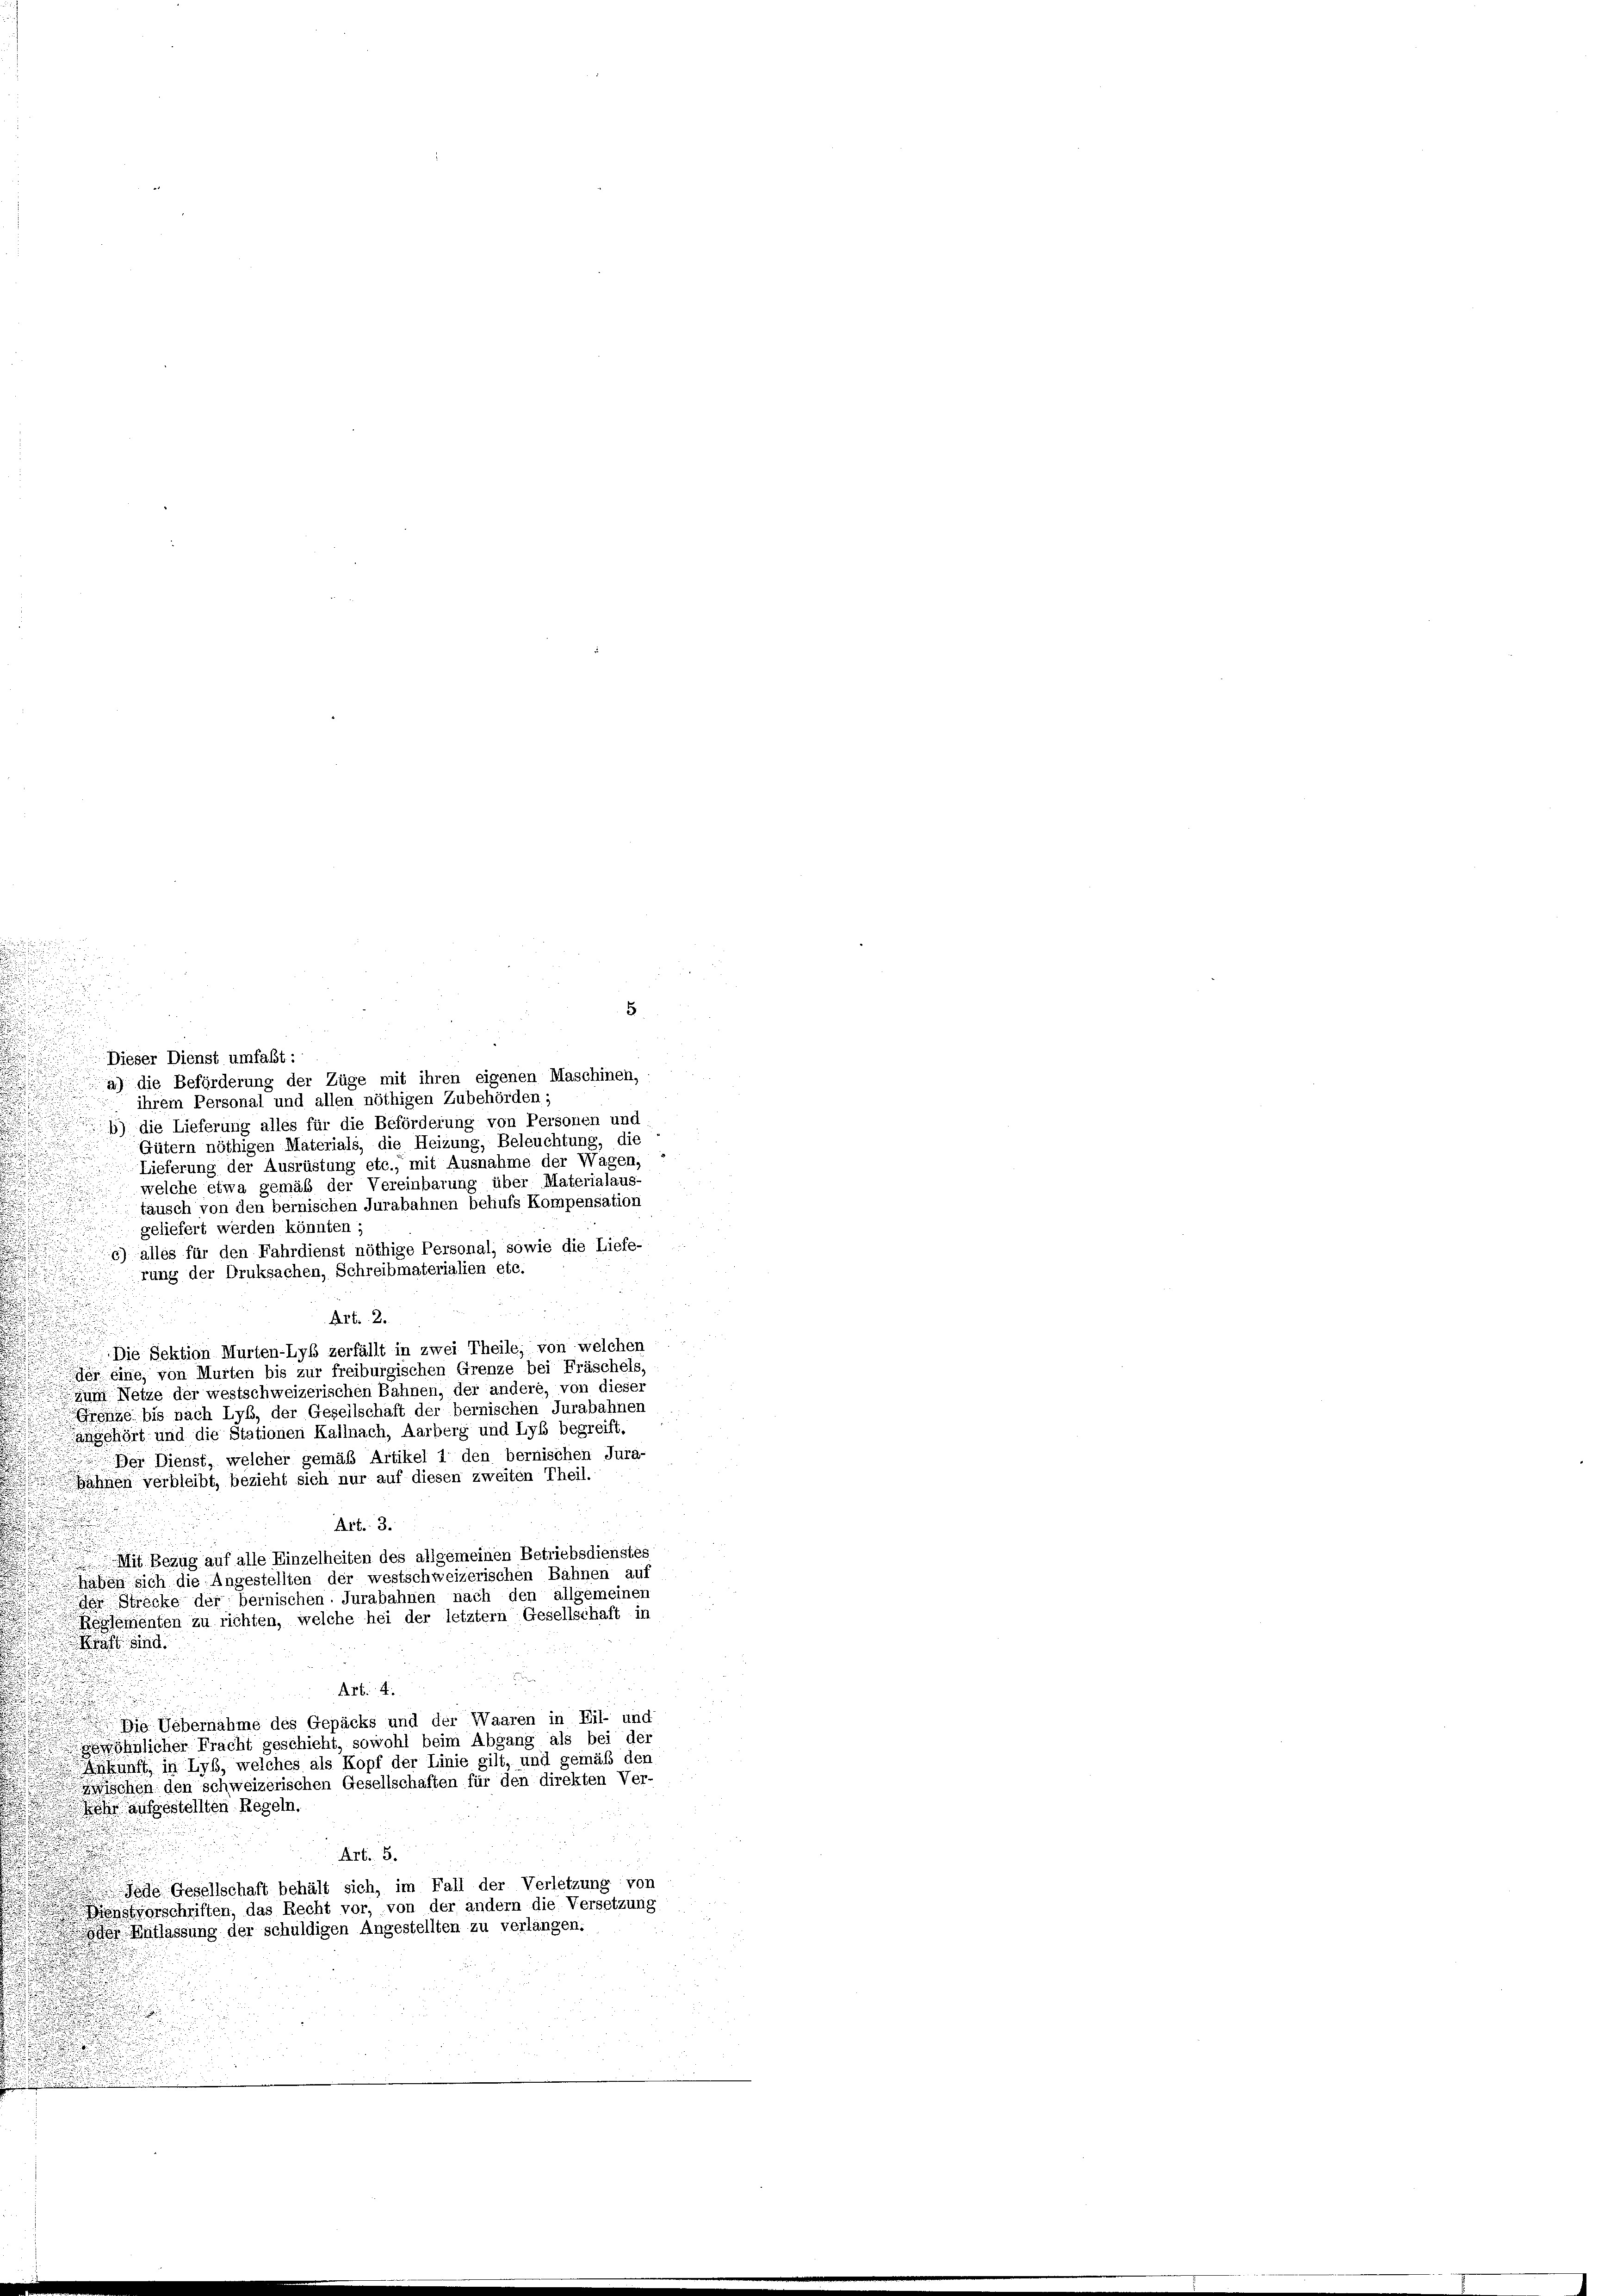
5
Dieser Dienst umfaßt:
a) die Beförderung der Züge mit ihren eigenen Maschinen,
ihrem Personal und allen nöthigen Zubehörden;
6) die Lieferung alles für die Beförderung von Personen und
Gütern nöthigen Materials, die Heizung, Beleuchtung, die
Lieferung der Ausrüstung etc., mit Ausnahme der Wagen,
welche etwa gemäß der Vereinbarung über Materialaus-
täusch von den bernischen Jurabahnen behufs Kompensation
geliefert werden könnten;
6) alles für den Fahrdienst nöthige Personal, sowie die Liefe-
rung der Druksachen, Schreibmaterialien etc.
Art. 2.
Die Sektion Murten-Lyb zerfällt in zwei Theile, von welchen
er eine, von Murten bis zur freiburgischen Grenze bei Fräschels
zum Netze der westschweizerischen Bahnen, der andere, von dieser
Grenze bis nach Lyb, der Gesellschaft der bernischen Jurabahnen
angehört und die Stationen Kallnach, Aarberg und Lyb begreift.
Der Dienst, welcher gemäß Artikel 1 den bernischen Jura-
ähnen verbleibt, bezieht sich nur auf diesen zweiten Theil.
e
.
Art. 3.

Mit Bezug auf alle Einzelheiten des allgemeinen Betriebsdienstes
haben sich die Angestellten der westschweizerischen Bahnen auf
der Strecke der bernischen. Jurabahnen nach den allgemeinen
s
Reglementen zu richten, welche hei der letztem Gesellschaft in
Kraft sind.
Art.
Vaaren in Eil- und
Die Uebernahme des Gepäcks und de
gewöhnlicher Fracht geschieht, sowohl beim Abgang als bei der
kunft, in Lyß, welches als Kopf der Linie gilt, und gemäß der
ollschaften für den direkten Ver
zwischen den schweizerischen Ge
kehr aufgestellten Regeln.
u
Art. 5.
.
Jede Gesellschaft behält sich, im Fall der Verletzung von
 Dienstvorschriften, das Recht vor, von der andern die Versetzung
Entlassung der schuldigen Angestellten zu verlangen.
d